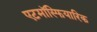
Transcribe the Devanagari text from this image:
एटमॉस्फियारिक